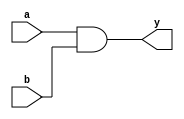
`timescale 1ns / 1ps
//////////////////////////////////////////////////////////////////////////////////
// Company: 
// Engineer: 
// 
// Design Name: 
// Module Name:    and_d 
// Project Name: 
// Target Devices: 
// Tool versions: 
// Description: 
//
// Dependencies: 
//
// Revision: 
// Revision 0.01 - File Created
// Additional Comments: 
//
//////////////////////////////////////////////////////////////////////////////////
module and_d(
    input a,b,
    output y
    );

assign y=a&b;
endmodule